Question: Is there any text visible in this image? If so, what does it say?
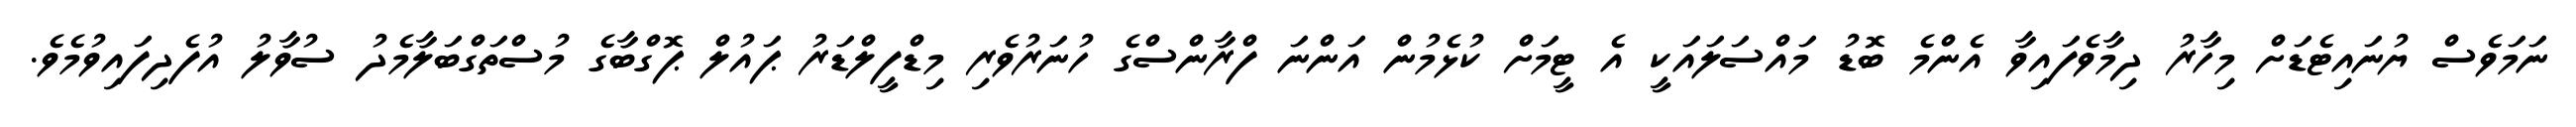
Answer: ނަމަވެސް ޔުނައިޓެޑަށް މިހާރު ދިމާވެފައިވާ އެންމެ ބޮޑު މައްސަލައަކީ އެ ޓީމަށް ކުޅެމުން އަންނަ ފްރާންސްގެ ހުނަރުވެރި މިޑްފީލްޑަރު ޕައުލް ޕޮގްބާގެ މުސްތަގްބަލާމެދު ސުވާލު އުފެދިފައިވުމެވެ.